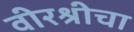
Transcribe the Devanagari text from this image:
वीरश्रीचा